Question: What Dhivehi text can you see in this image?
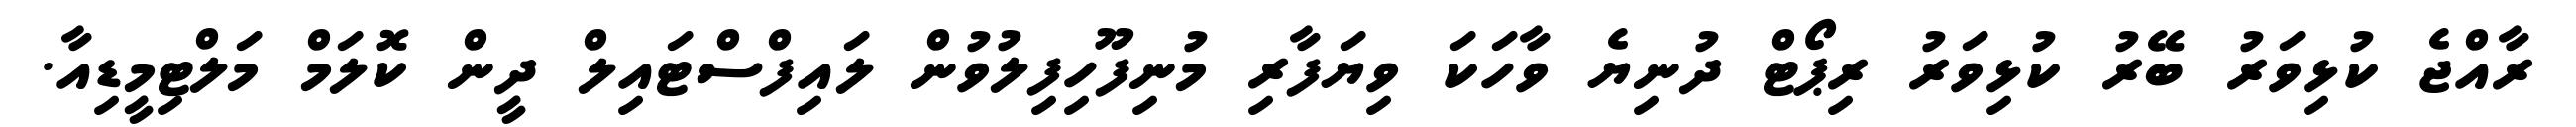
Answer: ރާއްޖެ ކުޅިވަރު ބޭރު ކުޅިވަރު ރިޕޯޓް ދުނިޔެ ވާހަކަ ވިޔަފާރި މުނިފޫހިފިލުވުން ލައިފްސްޓައިލް ދީން ކޮލަމް މަލްޓިމީޑިއާ.